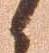
候